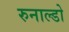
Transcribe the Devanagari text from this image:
रुनाल्डो